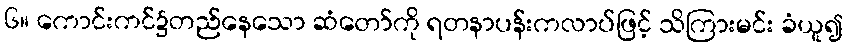
၆။ ကောင်းကင်၌တည်နေသော ဆံတော်ကို ရတနာပန်းကလာပ်ဖြင့် သိကြားမင်း ခံယူ၍